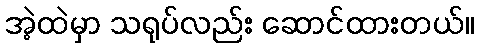
အဲ့ထဲမှာ သရုပ်လည်း ဆောင်ထားတယ်။